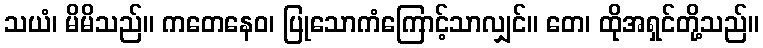
သယံ၊ မိမိသည်။ ကတေနေဝ၊ ပြုသောကံကြောင့်သာလျှင်။ တေ၊ ထိုအရှင်တို့သည်။